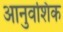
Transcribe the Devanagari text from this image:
आनुवशिंक